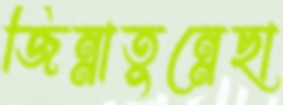
জিন্নাতুন্নেছা